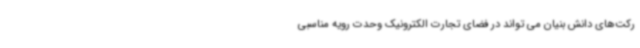
رکت‌های دانش بنیان می تواند در فضای تجارت الکترونیک وحدت رویه مناسبی